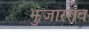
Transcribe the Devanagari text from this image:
झुंजारराव